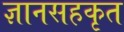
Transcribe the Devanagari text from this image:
ज्ञानसहकृत